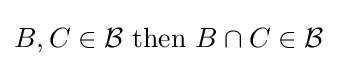
B,C\in {\mathcal {B}}{\text{ then }}B\cap C\in {\mathcal {B}}